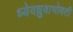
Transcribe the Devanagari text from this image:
ध्येयध्रुवाभोवती